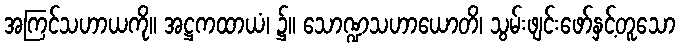
အကြင်သဟာယကို။ အဋ္ဌကထာယံ၊ ၌။ သောဏ္ဍသဟာယောတိ၊ သွမ်းဖျင်းဖော်နှင့်တူသော